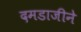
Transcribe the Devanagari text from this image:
दमडाजीने